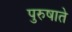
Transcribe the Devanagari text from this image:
पुरुषाते